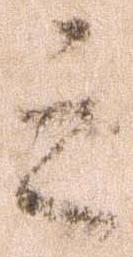
之